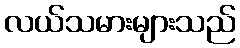
လယ်သမားများသည်